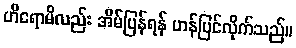
ဟိရောမိလည်း အိမ်ပြန်ရန် ဟန်ပြင်လိုက်သည်။